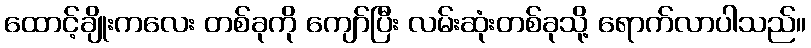
ထောင့်ချိုးကလေး တစ်ခုကို ကျော်ပြီး လမ်းဆုံးတစ်ခုသို့ ရောက်လာပါသည်။